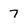
Character: 7